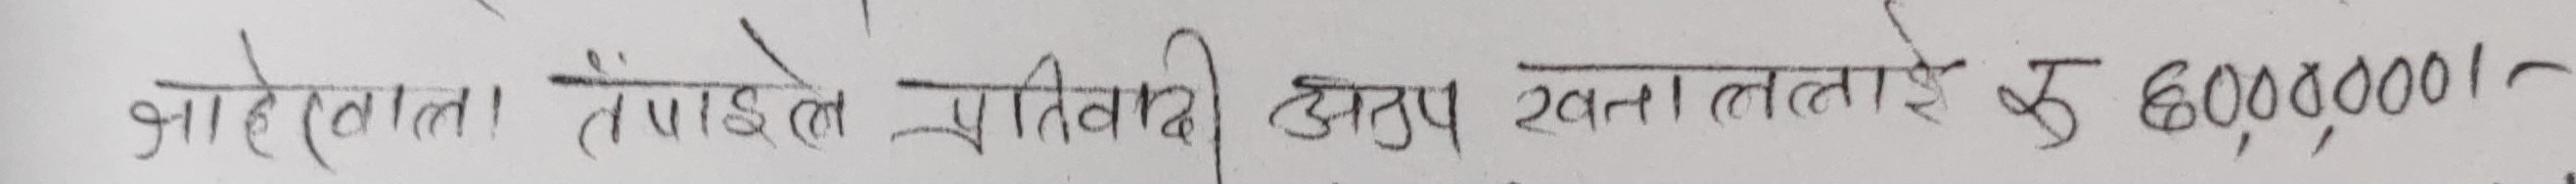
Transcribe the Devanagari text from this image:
जाहेरवाला तपाईंले प्रतिवादी अरुप खातालाई रु ६०,००,०००/-